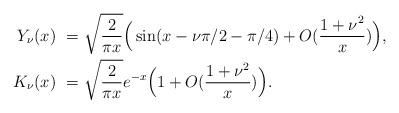
LaTeX: \begin{align*}Y_\nu(x)\ =&\ \sqrt{\frac{2}{\pi x}}\Big(\sin(x-\nu\pi/2-\pi/4)+O(\frac{1+\nu^2}{x})\Big),\\ K_\nu(x)\ =&\ \sqrt{\frac{2}{\pi x}}e^{-x}\Big(1+O(\frac{1+\nu^2}{x})\Big).\end{align*}